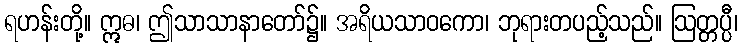
ရဟန်းတို့။ ဣဓ၊ ဤသာသာနာတော်၌။ အရိယသာဝကော၊ ဘုရားတပည့်သည်။ ဩတ္တပ္ပီ၊